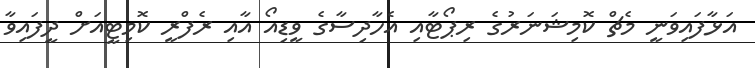
އަޅާފައިވަނީ މެޗް ކޮމިޝަނަރުގެ ރިޕޯޓާއި އެހާދިސާގެ ވީޑިއޯ އާއި ރެފްރީ ކޮމިޓީއަށް ދީފައިވާ